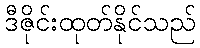
ဒီဇိုင်းထုတ်နိုင်သည်